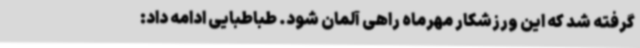
گرفته شد که این ورزشکار مهرماه راهی آلمان شود. طباطبایی ادامه داد: